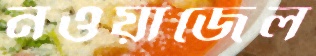
নওয়াজেল